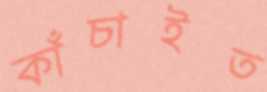
কাঁচাইত